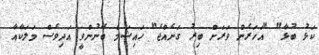
ކަޅު ބުޅާ" "އަހަރެން ވަރަށް ބިރު ގަނެއްޖެ" ހައިޝަމް ބޭނުންވީ އަދިވެސް މަލަކާއާ